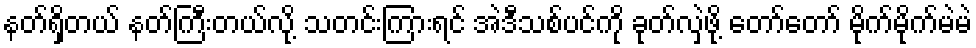
နတ်ရှိတယ် နတ်ကြီးတယ်လို့ သတင်းကြားရင် အဲဒီသစ်ပင်ကို ခုတ်လှဲဖို့ တော်တော် မိုက်မိုက်မဲမဲ